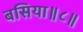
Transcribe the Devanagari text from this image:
बसिया॥८॥